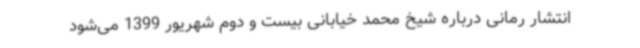
انتشار رمانی درباره شیخ محمد خیابانی بیست و دوم شهریور 1399 می‌شود